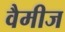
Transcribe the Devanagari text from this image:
वैमीज